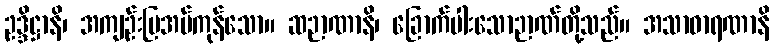
ဥဒ္ဒိဋ္ဌာနိ၊ အကျဉ်းပြအပ်ကုန်သော။ ဆဉာဏာနိ၊ ခြောက်ပါးသောဉာဏ်တို့သည်။ အသာဓာရဏာနိ